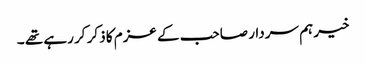
خیر ہم سردار صاحب کے عزم کا ذکر کر رہے تھے ۔